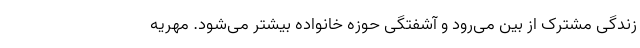
زندگی مشترک از بین می‌رود و آشفتگی حوزه خانواده بیشتر می‌شود. مهریه